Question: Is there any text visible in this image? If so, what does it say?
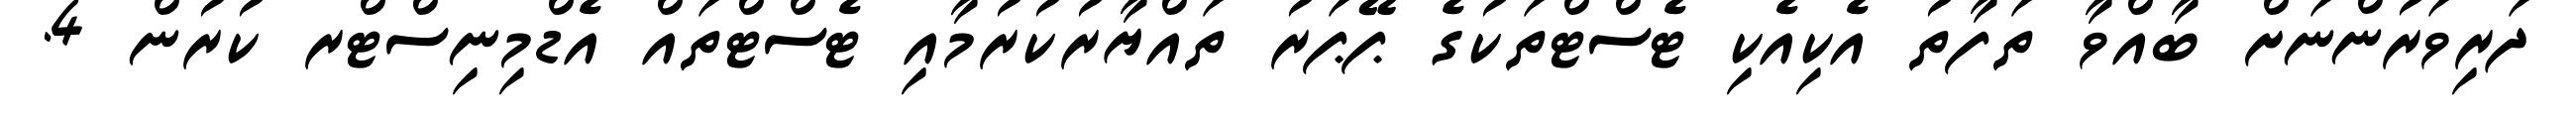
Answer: ދަރިވަރުންނަށް ބާއްވާ ތަފާތު އެކިއެކި ޓެސްޓްތަކުގެ ޕޭޕަރު ތައްޔާރުކުރުމާއި ޓެސްޓްތައް އެޑްމިނިސްޓްރ ކުރުން 4.